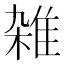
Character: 雑